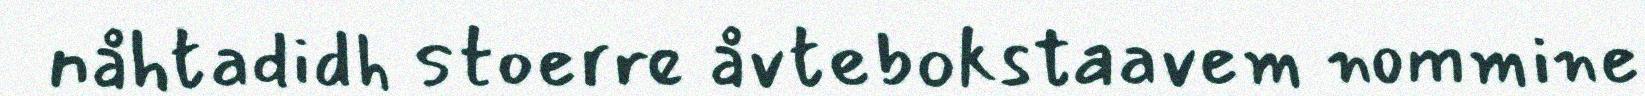
nåhtadidh stoerre åvtebokstaavem nommine